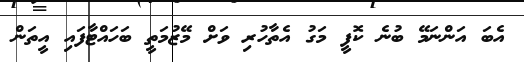
އެބަ އަންނަމޭ ބުނެ ކޮފީ މަގު އެތާހުރި ވަށް މޭޒުމަތީ ބަހައްޓާފައި އީތަން